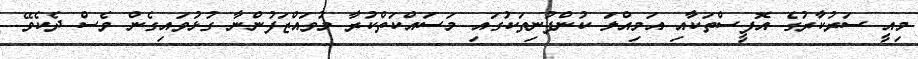
މިއީ ސަރުކާރުގެ އޮފީސްތަކާއި އަމިއްލަ ކުންފުނިތަކުގައި މަސައްކަތްކުރާ މުވައްޒަފުންނާ ގުޅުވައިގެން ވެސް ދެކެވޭ